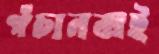
পঁচানব্বই